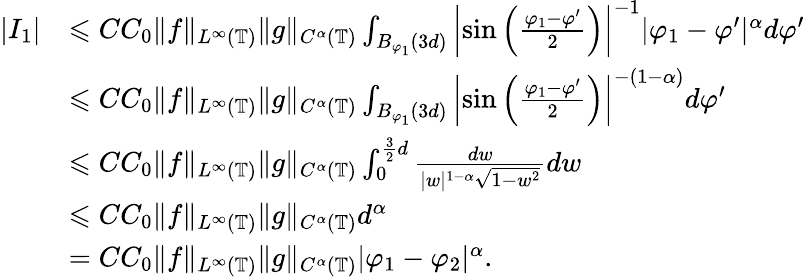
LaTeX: \begin{array}{rl}{|I_{1}|}&{\leqslant CC_{0}\| f\| _{L^{\infty}(\mathbb{T})}\| g\| _{C^{\alpha}(\mathbb{T})}\int_{B_{\varphi_{1}}(3d)}\left|\sin\left(\frac{\varphi_{1}-\varphi^{\prime}}{2}\right)\right|^{-1}|\varphi_{1}-\varphi^{\prime}|^{\alpha}d\varphi^{\prime}}\\ &{\leqslant CC_{0}\| f\| _{L^{\infty}(\mathbb{T})}\| g\| _{C^{\alpha}(\mathbb{T})}\int_{B_{\varphi_{1}}(3d)}\left|\sin\left(\frac{\varphi_{1}-\varphi^{\prime}}{2}\right)\right|^{-(1-\alpha)}d\varphi^{\prime}}\\ &{\leqslant CC_{0}\| f\| _{L^{\infty}(\mathbb{T})}\| g\| _{C^{\alpha}(\mathbb{T})}\int_{0}^{\frac{3}{2}d}\frac{dw}{|w|^{1-\alpha}\sqrt{1-w^{2}}}dw}\\ &{\leqslant CC_{0}\| f\| _{L^{\infty}(\mathbb{T})}\| g\| _{C^{\alpha}(\mathbb{T})}d^{\alpha}}\\ &{=CC_{0}\| f\| _{L^{\infty}(\mathbb{T})}\| g\| _{C^{\alpha}(\mathbb{T})}|\varphi_{1}-\varphi_{2}|^{\alpha}.}\end{array}